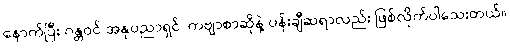
နောက်ပြီး ဂန္တဝင် အနုပညာရှင်၊ ကဗျာစာဆိုနဲ့ ပန်းချီဆရာလည်း ဖြစ်လိုက်ပါသေးတယ်။